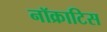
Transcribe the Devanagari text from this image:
नॉक्राटिस